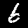
Label: 6